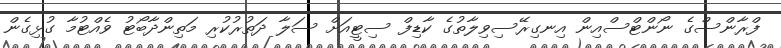
ފްރާންސްގެ ނޯންޓްސްއިން އިނގިރޭސިވިލާތުގެ ކާޑިފް ސިޓީއަށް ސަލާ ދަތުރުކުރި މަތިންދާބޯޓު ވެއްޓުމާ ގުޅިގެން